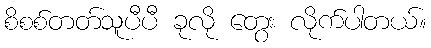
စိစစ်တတ်သူပီပီ ခုလို တွေး လိုက်ပါတယ်။